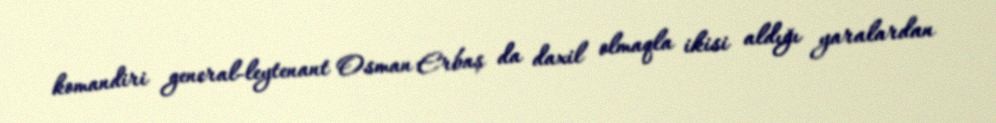
komandiri general-leytenant Osman Erbaş da daxil olmaqla ikisi aldığı yaralardan